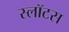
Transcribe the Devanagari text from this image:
स्लॉटस